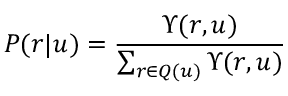
P ( r | u ) = \frac { \Upsilon ( r , u ) } { \sum _ { r \in Q ( u ) } \Upsilon ( r , u ) }